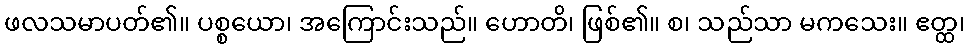
ဖလသမာပတ်၏။ ပစ္စယော၊ အကြောင်းသည်။ ဟောတိ၊ ဖြစ်၏။ စ၊ သည်သာ မကသေး။ ဧတ္ထ၊